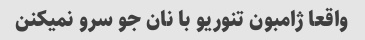
واقعا ژامبون تنوریو با نان جو سرو نمیکنن